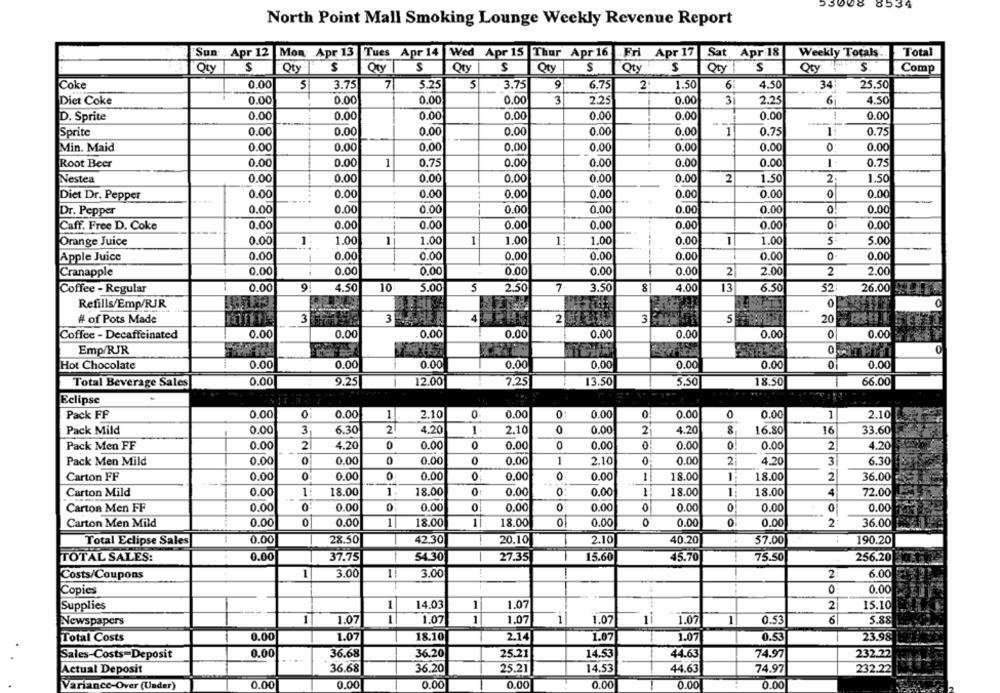
53008
8534
North Point Mall Smoking Lounge Weekly Revenue Report
Sun Apr 12 Mon Apr 13
Tues Apr 14 Wed Apr 15 Thur Apr 16
Fri Apr 17
Sat Apr 18
Weekly Totals.
Total
Oty
S
Oty
$
Qty
S
S
Qty
S
Qty
S
S
Qty S
Qty
S
Comp
Qty
ICoke
0.00
5
3.75
7
5.25
5
3.75
9
6.75
2
1.50
4.50
34
25.50
Diet Coke
0.00
0.00
0.00
0.00
3
2.25
0.00
3
2.25
6
4.50
D. Sprite
0.00
0.00
0.00
0.00
0.00
0.00
0.00
-
0.00
0.00
0.00
0.00
0.00
0.00
0.00
0.75
0.75
Sprite
Min. Maid
0.00
0.00
0.00
0.00
0.00
0.00
0.00
0
0.00
Root Beer
0.00
0.00
1
0.75
0.00
0.00
0.00
0.00
0.75
Nestea
0.00
0.00
0.00
0.00
0.00
0.00
2
1.50
2.
1.50
0.00
0.00
0.00
0.00
0.00
0.00
0.00
0
0.00
Diet Dr. Pepper
Dr. Pepper
0.00
0.00
0.00
0.00
0.00
0.00
0.00
0.00
Caff. Free D. Coke
0.00
0.00
0.00
0.00
0.00
0.00
0.00
0
0.00
Orange Juice
0.00
1:
1.00
1.00
1
1.00
1
1.00
0.00
1
1.00
5
5.00
Apple Juice
0.00
0.00
0.00
0.00
0.00
0.00
0.00
0
0.00
Cranapple
0.00
0.00
0.00
0.00
0.00
0.00
2
2.00
2
2.00
Coffee - Regular
0.00
9
4.50
10
5.00
2.50
7
3.50
8
4.00
13
6.50
52.
26.00
Refills/Emp/RJR
0
# of Pots Made
3
4
2
5
3
20
0.00
Coffee - Decaffeinated
0.00
0.00
0.00
0.00
0.00
0.00
0
0.00
Emp/RJR
Hot Chocolate
0.00
0.00
0.00
0.00
0.00
0.00
0.00
0
0.00
12.00
Total Beverage Sales
0.00
9.25
1
7,25
13.50
5.50
18.50
66.00
Eclipse
Pack FF
0.00
0
0.00
1
2.10
0
0.00
0:
0.00
0
0.00
0
0.00
1
2.10
Pack Mild
0.00
3
6.30
2
4.20
1
2.10
0.00
2
4.20
8
16.80
16
33.60
Pack Men FF
0.00
2
4.20
0
0.00
0
0.00
0.00
0
0.00
0
0.00
2
4.20
Pack Men Mild
0.00
0
0.00
0
0.00
0
0.00
1
2.10
0
0.00
2
4.20
3
6.30
Carton FF
0.00
0
0.00
0
0.00
0.00
0.00
18.00
1:
18.00
2
36.00
0.00
1:
18.00
1
18.00
0
0.00
0.00
18.00
18.00
4
72.00
Carton Mild
Carton Men FF
0.00
0.00
0
0.00
0
0.00
0.00
0.00
0
0.00
0.00
Carton Men Mild
0.00
0.00
1
18.00
1
18.00
01
0.00
0
0.00
0
0.00
2
36.00
Total Eclipse Sales
0.00
28.50
42.30
20.10
2.10
40.20
57.00
190.20
TOTAL SALES:
0.00
37.75
54.30
27.35
15.60
45.70
75.50
256.20
Costs/Coupons
1
3.00
1
3.00
2
6.00
0.00
Copies
0
Supplies
--
14.03
1
1.07
2
15.10
Newspapers
1.07
1
1.07
1
1.07
1
1.07
11
1.07
1
0.53
6
5.88
Total Costs
0.00
1.07
18.10
2.14
1.07
1.07
0.53
23.98
25.21
Sales-Costs=Deposit
0.00
36.68
36.20
14.53
44.65
74.97
232.22
Actual Deposit
36.68
36.20
25.21
14.53
44.63
74.97
232.22
Variance-Over (Under)
0.00
0.00
0.00
0.00
0.00
0.00
0.00